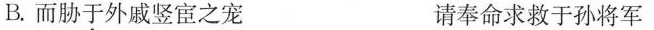
B.而胁于外戚竖宦之宠 请奉命求救于孙将军